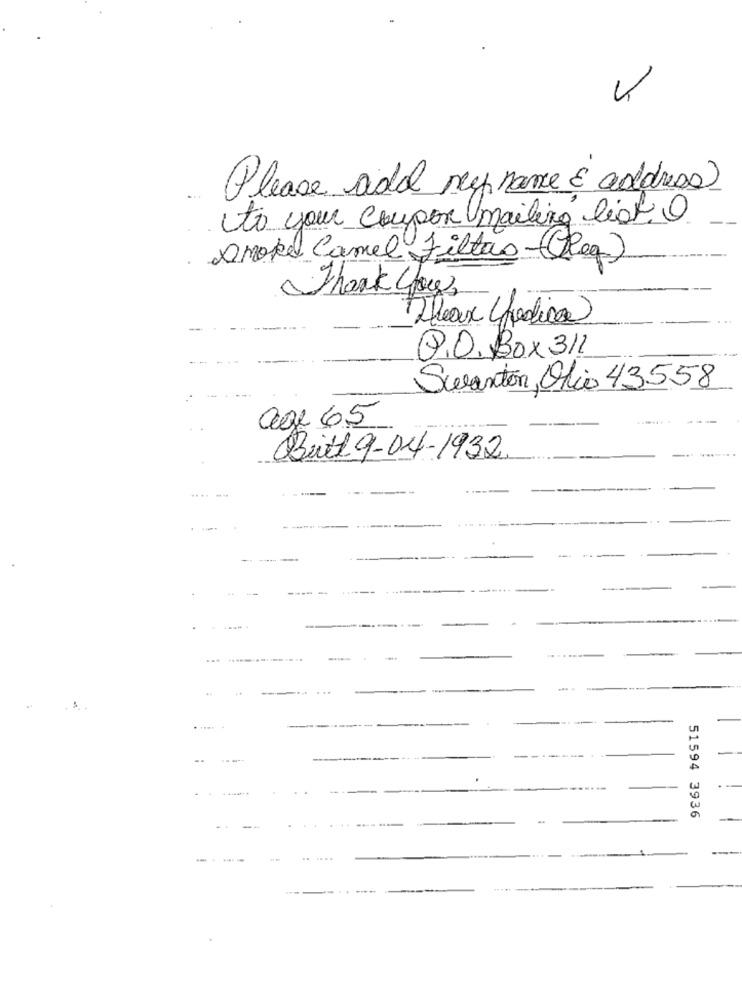
4
Please add Meg nome E address)
to your coupon mailing list O
Smoke Camel Filtas-(Reg)
Thank you
Theaux (predica
Q.O.Box 311
Swanton, Olio 43558
age 65
Bull 9-04-1932
-------
----
..-.
......
--
51594 3936